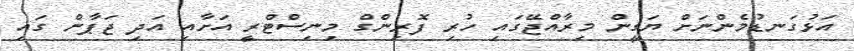
އަޅުގަނޑުމެންނަށް ޔަގީން މިރާއްޖޭގައި ހުރި ފޮރިންގް މިނިސްޓްރީ އަށާއި އަދި ޖަޕާން ގައި